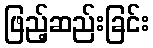
ဖြည့်ဆည်းခြင်း